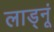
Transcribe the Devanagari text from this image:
लाड्नूं